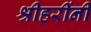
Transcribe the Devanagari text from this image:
श्रीहरींनी